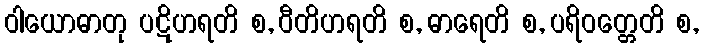
ဝါယောဓာတု ပဋိဟရတိ စ, ဝီတိဟရတိ စ, ဓာရေတိ စ, ပရိဝတ္တေတိ စ,